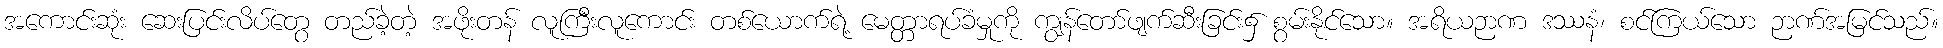
အကောင်းဆုံး ဆေးပြင်းလိပ်တွေ တည်ခဲ့တဲ့ အဖိုးတန် လူကြီးလူကောင်း တစ်ယောက်ရဲ့ မေတ္တာရပ်ခံမှုကို ကျွန်တော်ဖျက်ဆီးခြင်း၌ စွမ်းနိုင်သော။ အရိယဉာဏ ဒဿနံ၊ စင်ကြယ်သော ဉာဏ်အမြင်သည်။